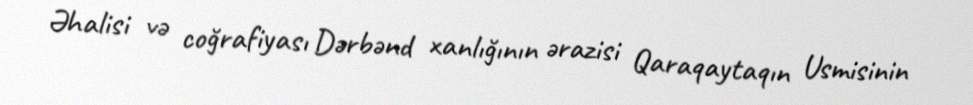
Əhalisi və coğrafiyası Dərbənd xanlığının ərazisi Qaraqaytaqın Usmisinin